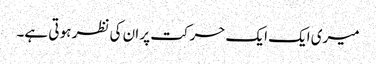
میری ایک ایک حرکت پر ان کی نظر ہو تی ہے۔